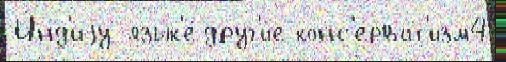
И́нд'иjу язык'е́ друг'и́е конс'ерват'изм4